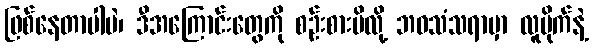
ဖြစ်နေတာပါပဲ၊ ဒီအကြောင်းတွေကို စဉ်းစားမိလို့ ဘဝသံသရာမှာ လူမိုက်နဲ့